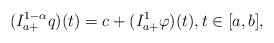
\begin{align*}(I_{a+}^{1-\alpha}q)(t)= c+(I^{1}_{a+} \varphi )(t),t \in [a,b],\end{align*}